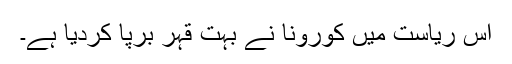
اس ریاست میں کورونا نے بہت قہر برپا کردیا ہے۔